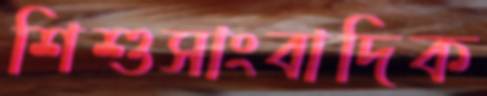
শিশুসাংবাদিক